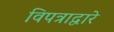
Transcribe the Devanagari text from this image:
विपत्राद्वारे